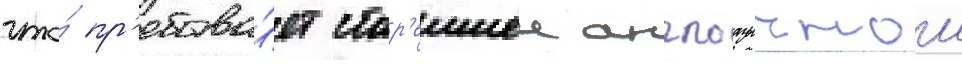
что́ пр'ебыва́ет стар'еишеи англоазычнои